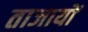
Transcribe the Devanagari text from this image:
ताजायों